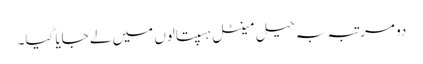
دو مرتبہ بہ حیل مینٹل ہسپتالوں میں لے جایا گیا۔